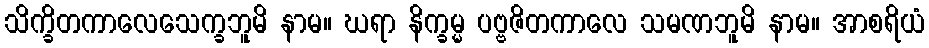
သိက္ခိတကာလေသေက္ခဘူမိ နာမ။ ဃရာ နိက္ခမ္မ ပဗ္ဗဇိတကာလေ သမဏဘူမိ နာမ။ အာစရိယံ